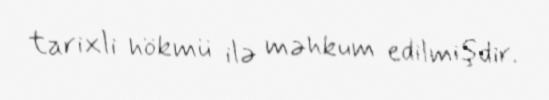
tarixli hökmü ilə məhkum edilmişdir.